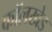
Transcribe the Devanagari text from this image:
कॉलखेड